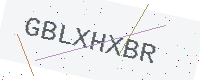
Text: GBLXHXBR